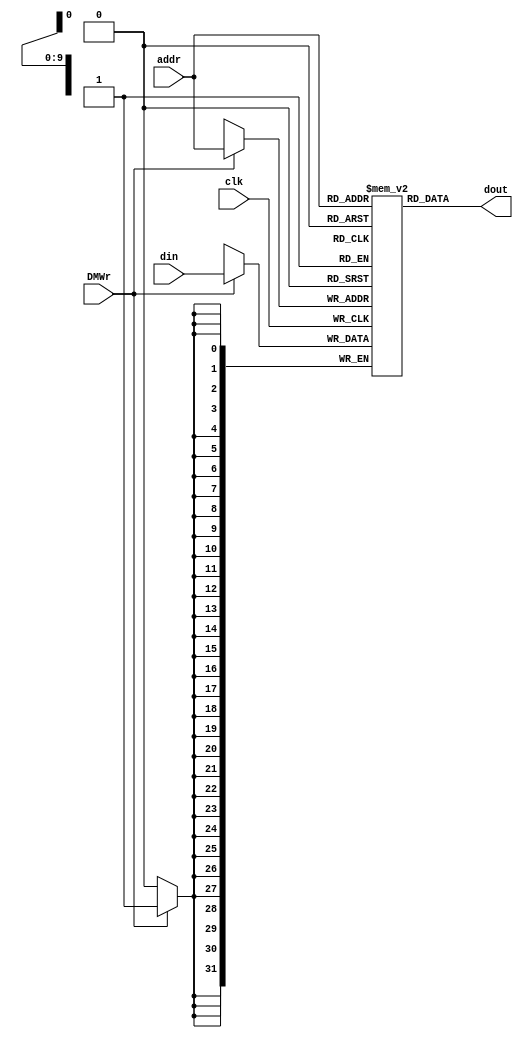
module dm_4k( addr, din, DMWr, clk, dout );
   
   input  [11:2] addr;
   input  [31:0] din;
   input         DMWr;
   input         clk;
   output [31:0] dout;
     
   reg [31:0] dmem[1023:0];
   
   integer i;
   initial begin
       for (i=0; i<1024; i=i+1)
          dmem[i] = 0;
   end
   
   always @(posedge clk) begin
      if (DMWr)
	  begin
         dmem[addr] = din;
		 $display("addr=%8X",addr);//addr to DM
		 $display("din=%8X",din);//data to DM
		 $display("Mem[00-07]=%8X, %8X, %8X, %8X, %8X, %8X, %8X, %8X",dmem[0],dmem[1],dmem[2],dmem[3],dmem[4],dmem[5],dmem[6],dmem[7]);
      end
   end // end always
   
	assign dout = dmem[addr];
    
endmodule